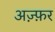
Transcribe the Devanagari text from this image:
अज़्फ़र